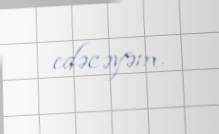
edəcəyəm.